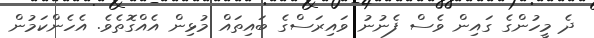
ދެ މީހުންގެ ގައިން ވެސް ފެނުނު ވައިރަސްގެ ބައިތައް މުޅިން އެއްގޮތެވެ. އެހެންކަމުން